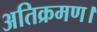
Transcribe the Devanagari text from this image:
अतिक्रमण।